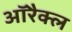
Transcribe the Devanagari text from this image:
ऑरैक्ल